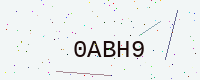
Text: 0ABH9